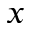
x